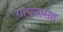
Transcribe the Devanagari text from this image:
गायनासह